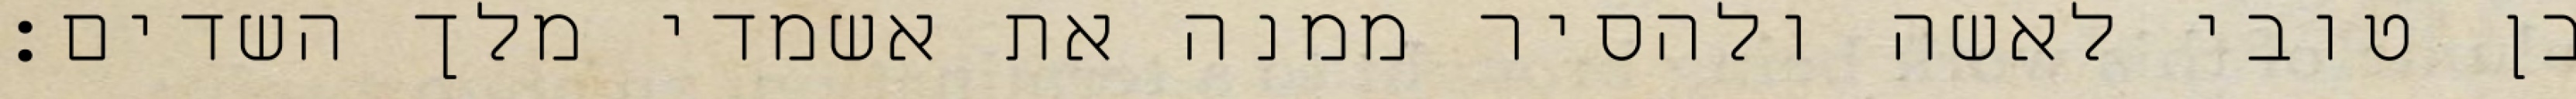
בן טובי לאשה ולהסיר ממנה את אשמדי מלך השדים: